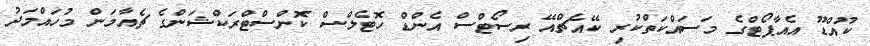
ކޫއްޑޫ އެއާޕޯޓްގެ މަސައްކަތްކުރި ކޭއެޗްއޭ ރިސޯޓްސް އެންޑް ހޮޓެލްސް ކޮންސްޓްރަކްޝަންގެ ޗެއާމަން މުހައްމަދު